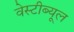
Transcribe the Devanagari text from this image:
वेस्टीब्यूल